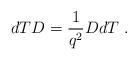
LaTeX: \begin{align*}dTD=\frac{1}{q^{2}}DdT~. \end{align*}